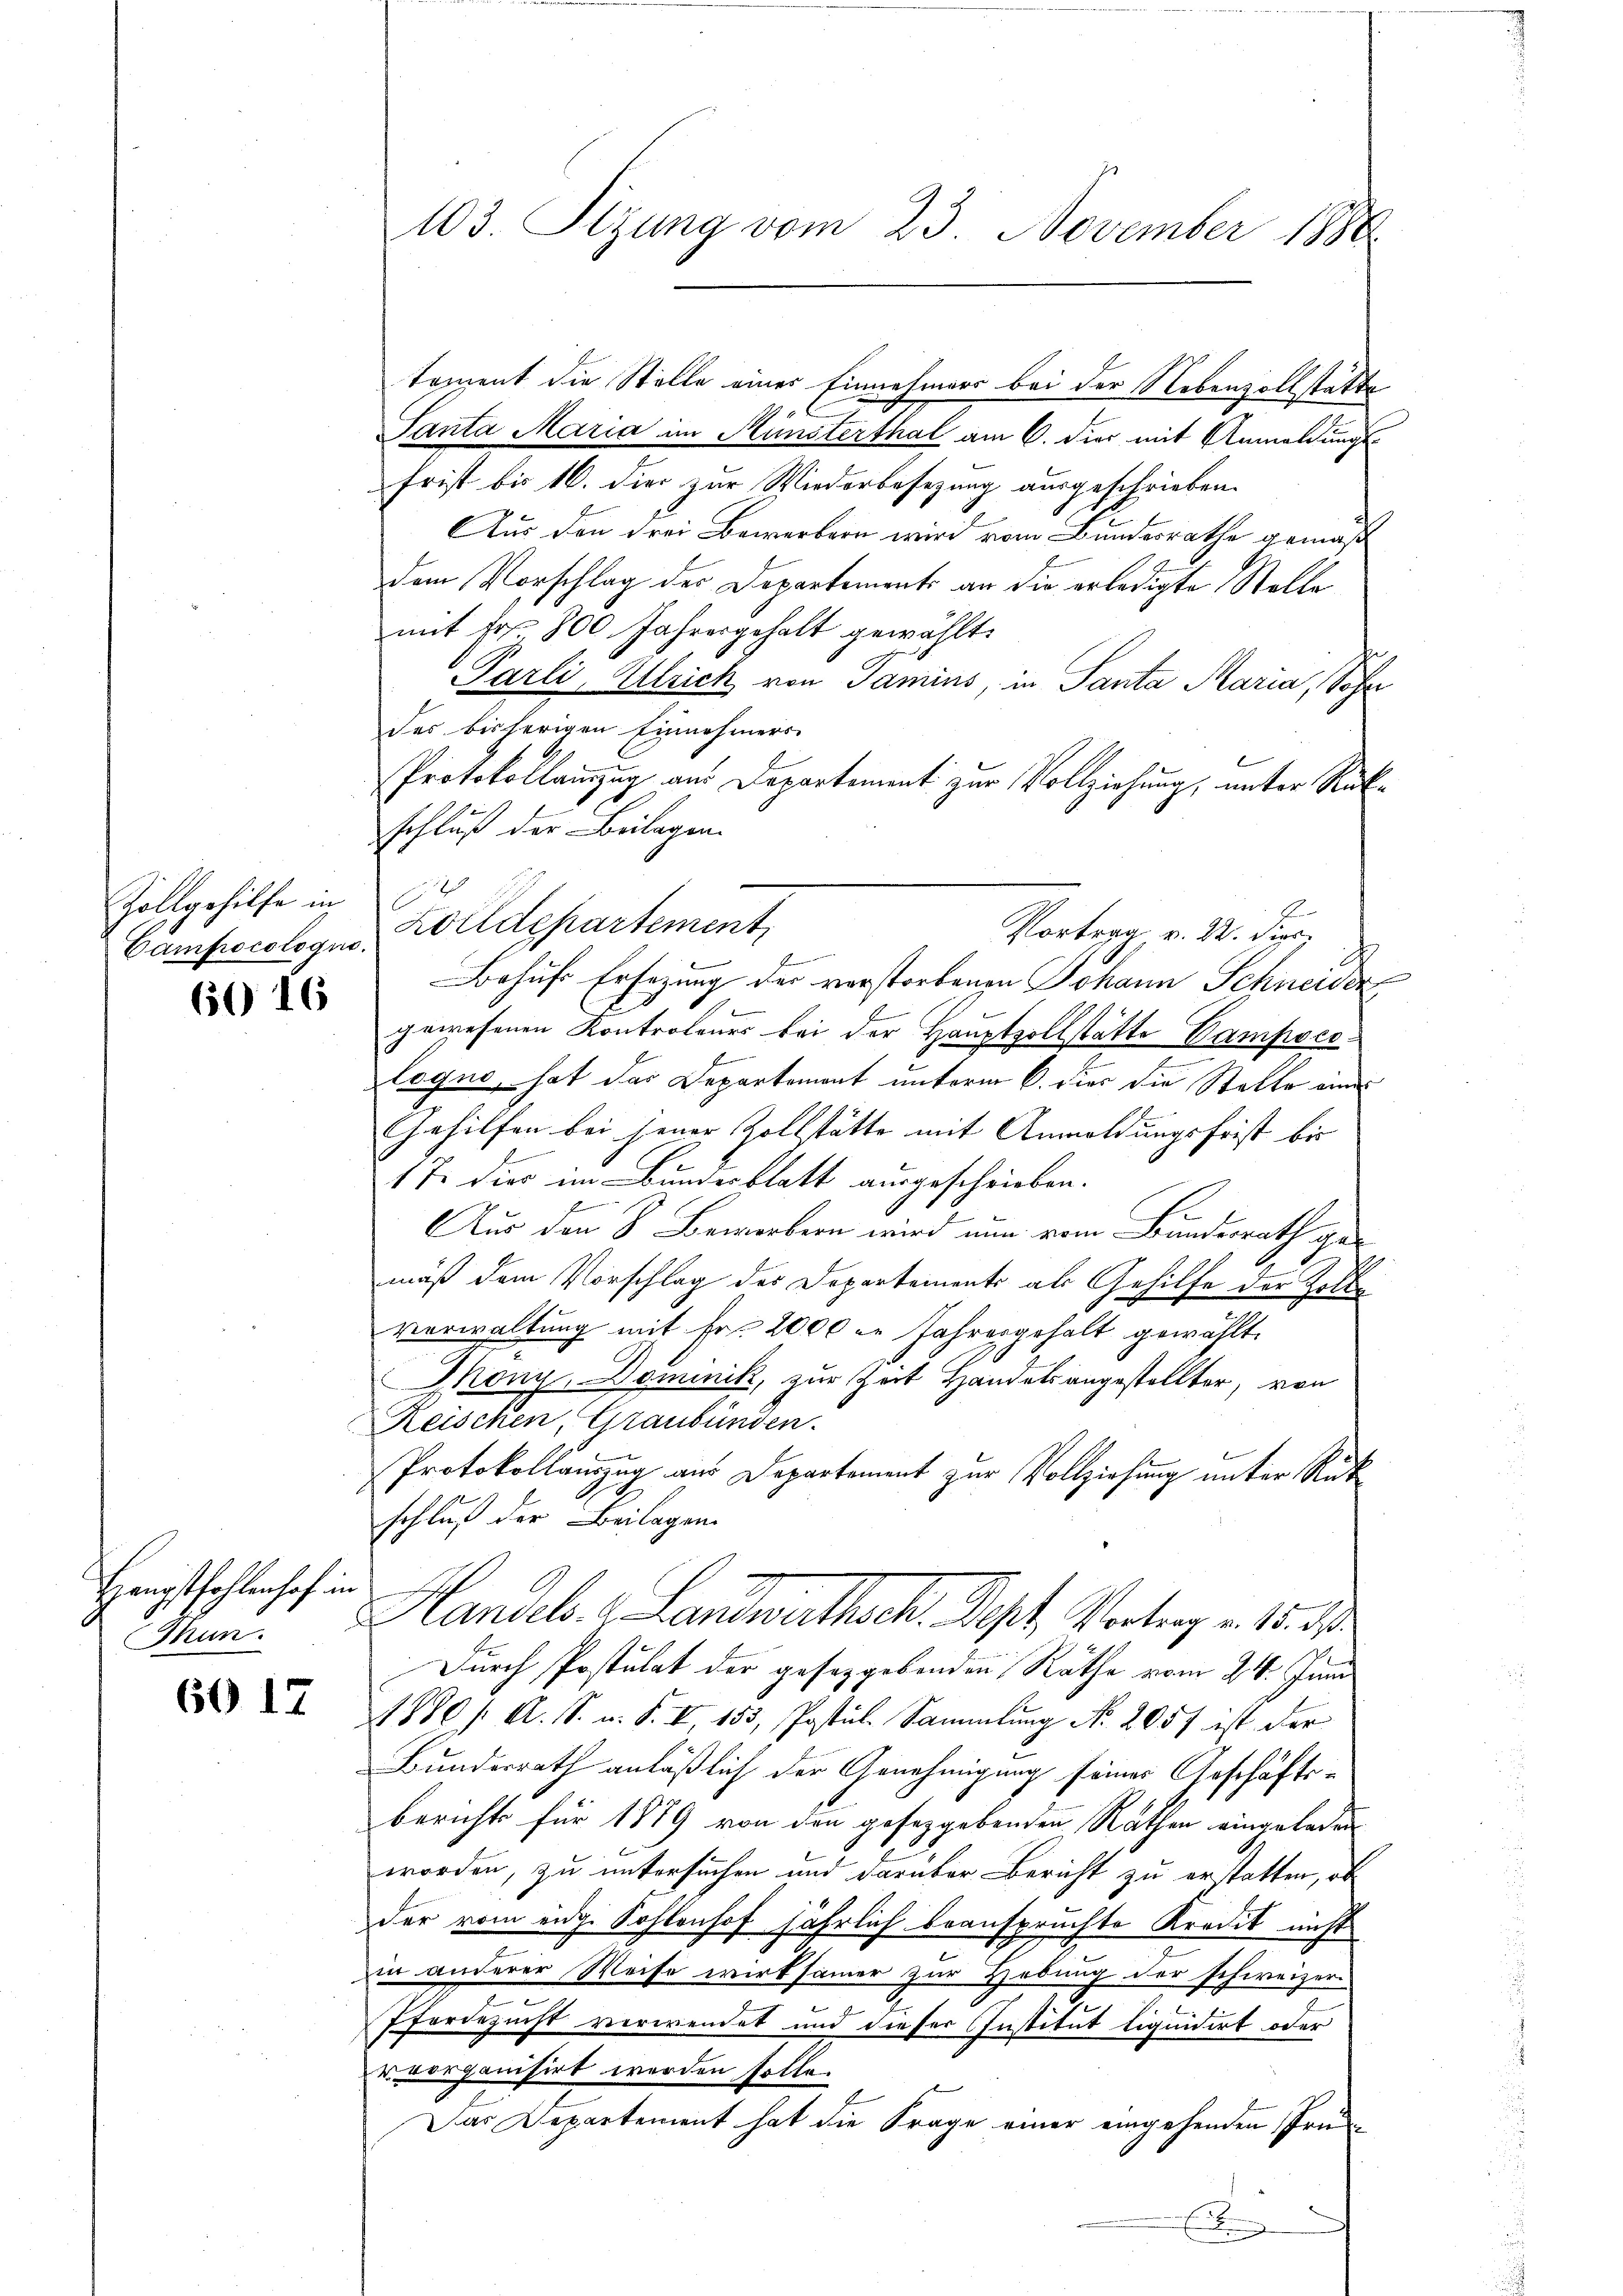
Zollgehilfe in

60 16

Hauptfehlenhof in
Thun.

60 17

103. Sitzung vom 23. November 1890

toment die Stelle einer Einnehmers bei der Nebenzollstatte
Panta Maria im Münsterthal am 6. die mit Anmeldungs¬
Frist bis 16. dies zur Wiederbesezung ausgeschrieben.
Aus den drei Bewerbern wird vom Bundesrathe gemäß
dem Vorschlag des Departements an die erledigte Stelle
mit Fr. 800 Jahresgehalt gewählt.
Parli, Alleich von Tamins in Panta Maria, Sohn
des bisherigen Einnehmers
Protokollamzug aus Departement zur Vollziehung, unter Rückschluß der Beilagen.
Campacologus Zolldepartement
f
Behufs Ersezung der verstorbenen Johann Schneiden
gewesenen Kontroleurs bei der Hauptzollstätte Campocon
logno, hat das Departement unterm 6. dies die Statte eine
Gehilfen bei jener Zollstätte mit Anmeldungsfrist bis
1 J. dies im Bundesblatt ausgeschrieben.
2
Aus den 8. Bewerbern wird nun vom Bundesrath gemäß dem Vorschlag des Departements als Gehilfe der Kolle
verwaltung mit Fr. 2000 l. Jahresgehalt gewählt.
Mony, Dominik, zur Zeit Handels angestellter, von
Reischen, Graubünden.
Protokollauszug aus Departement zur Vollziehung unter Rükschluß der Beilagen
Handels. Landwirthsch. Sept, Vortrag v. 15. d.
Durch Postulat der geseggebenden Rathe vom 21. Juni
1880 f. A. S. u. S. I, 153, Postul Sammlung No. 205f ist der
Bundesrath anläßlich der Genehmigung seines Geschäftsberichts für 1879 von den gesetzgebenden Rathen eingeladen
worden, zu untersuchen und darüber Bericht zu erstatten, ob
der vom eige Kohlenhof jährlich beanspruchte Kredit nicht
in anderer Weise wirksamer zur Hebung der schweizern
.
.
Pferdezucht verwendet und dieser Institut liquidirt oder
u vorganisirt werden solle.
Das Departement hat die Frage einer eingehenden Prü¬
Eig

Vortrag v. 22. Dic